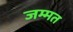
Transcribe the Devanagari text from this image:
जम्मत